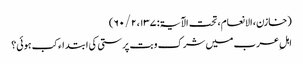
(خازن، الانعام، تحت الآیۃ: ۱۳۷، ۲ / ۶۰)
اہلِ عرب میں شرک و بت پرستی کی ابتداء کب ہوئی؟